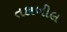
તકાબીલ